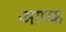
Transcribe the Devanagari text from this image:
आप्फ